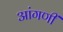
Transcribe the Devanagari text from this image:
आंगणीं